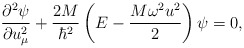
\begin{align*}\frac{{\partial}^2\psi}{\partial u^2_\mu}+ \frac{2M}{\hbar^2}\left(E-\frac{M\omega^2u^2}{2}\right)\psi=0,\end{align*}